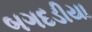
બગદડીયા